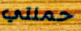
حملتي